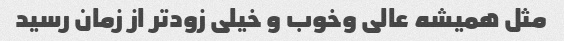
مثل همیشه عالی وخوب و خیلی زودتر از زمان رسید